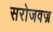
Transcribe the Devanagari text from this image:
सरोजवज्र